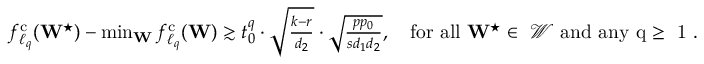
\begin{array} { r } { f _ { \ell _ { q } } ^ { \mathrm { c } } ( \mathbf { W } ^ { \star } ) - \operatorname* { m i n } _ { \mathbf { W } } f _ { \ell _ { q } } ^ { \mathrm { c } } ( \mathbf { W } ) \gtrsim t _ { 0 } ^ { q } \cdot \sqrt { \frac { k - r } { d _ { 2 } } } \cdot \sqrt { \frac { p p _ { 0 } } { s d _ { 1 } d _ { 2 } } } , \quad \mathrm { f o r ~ a l l ~ \mathbf { W } ^ \star \in ~ \mathcal { W } ~ a n d ~ a n y ~ q \geq ~ 1 ~ } . } \end{array}